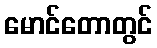
မောင်တောတွင်